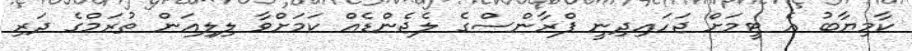
ކާމިޔާބު އެ ޓީމަށް ޖަހައިދިނީ ފްރާންސްގެ ލެޖެންޑެއް ކަމަށްވާ ލިލިއަން ތުރަމްގެ ދަރި